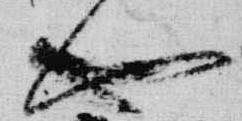
也